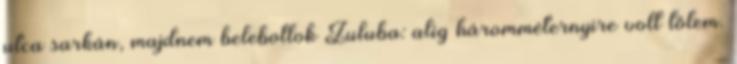
utca sarkán, majdnem belebotlok Zuluba: alig háromméternyire volt tőlem.